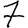
Digit: 7